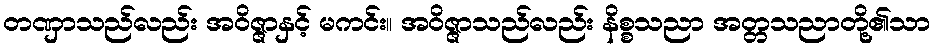
တဏှာသည်လည်း အဝိဇ္ဇာနှင့် မကင်း။ အဝိဇ္ဇာသည်လည်း နိစ္စသညာ အတ္တသညာတို့၏သာ